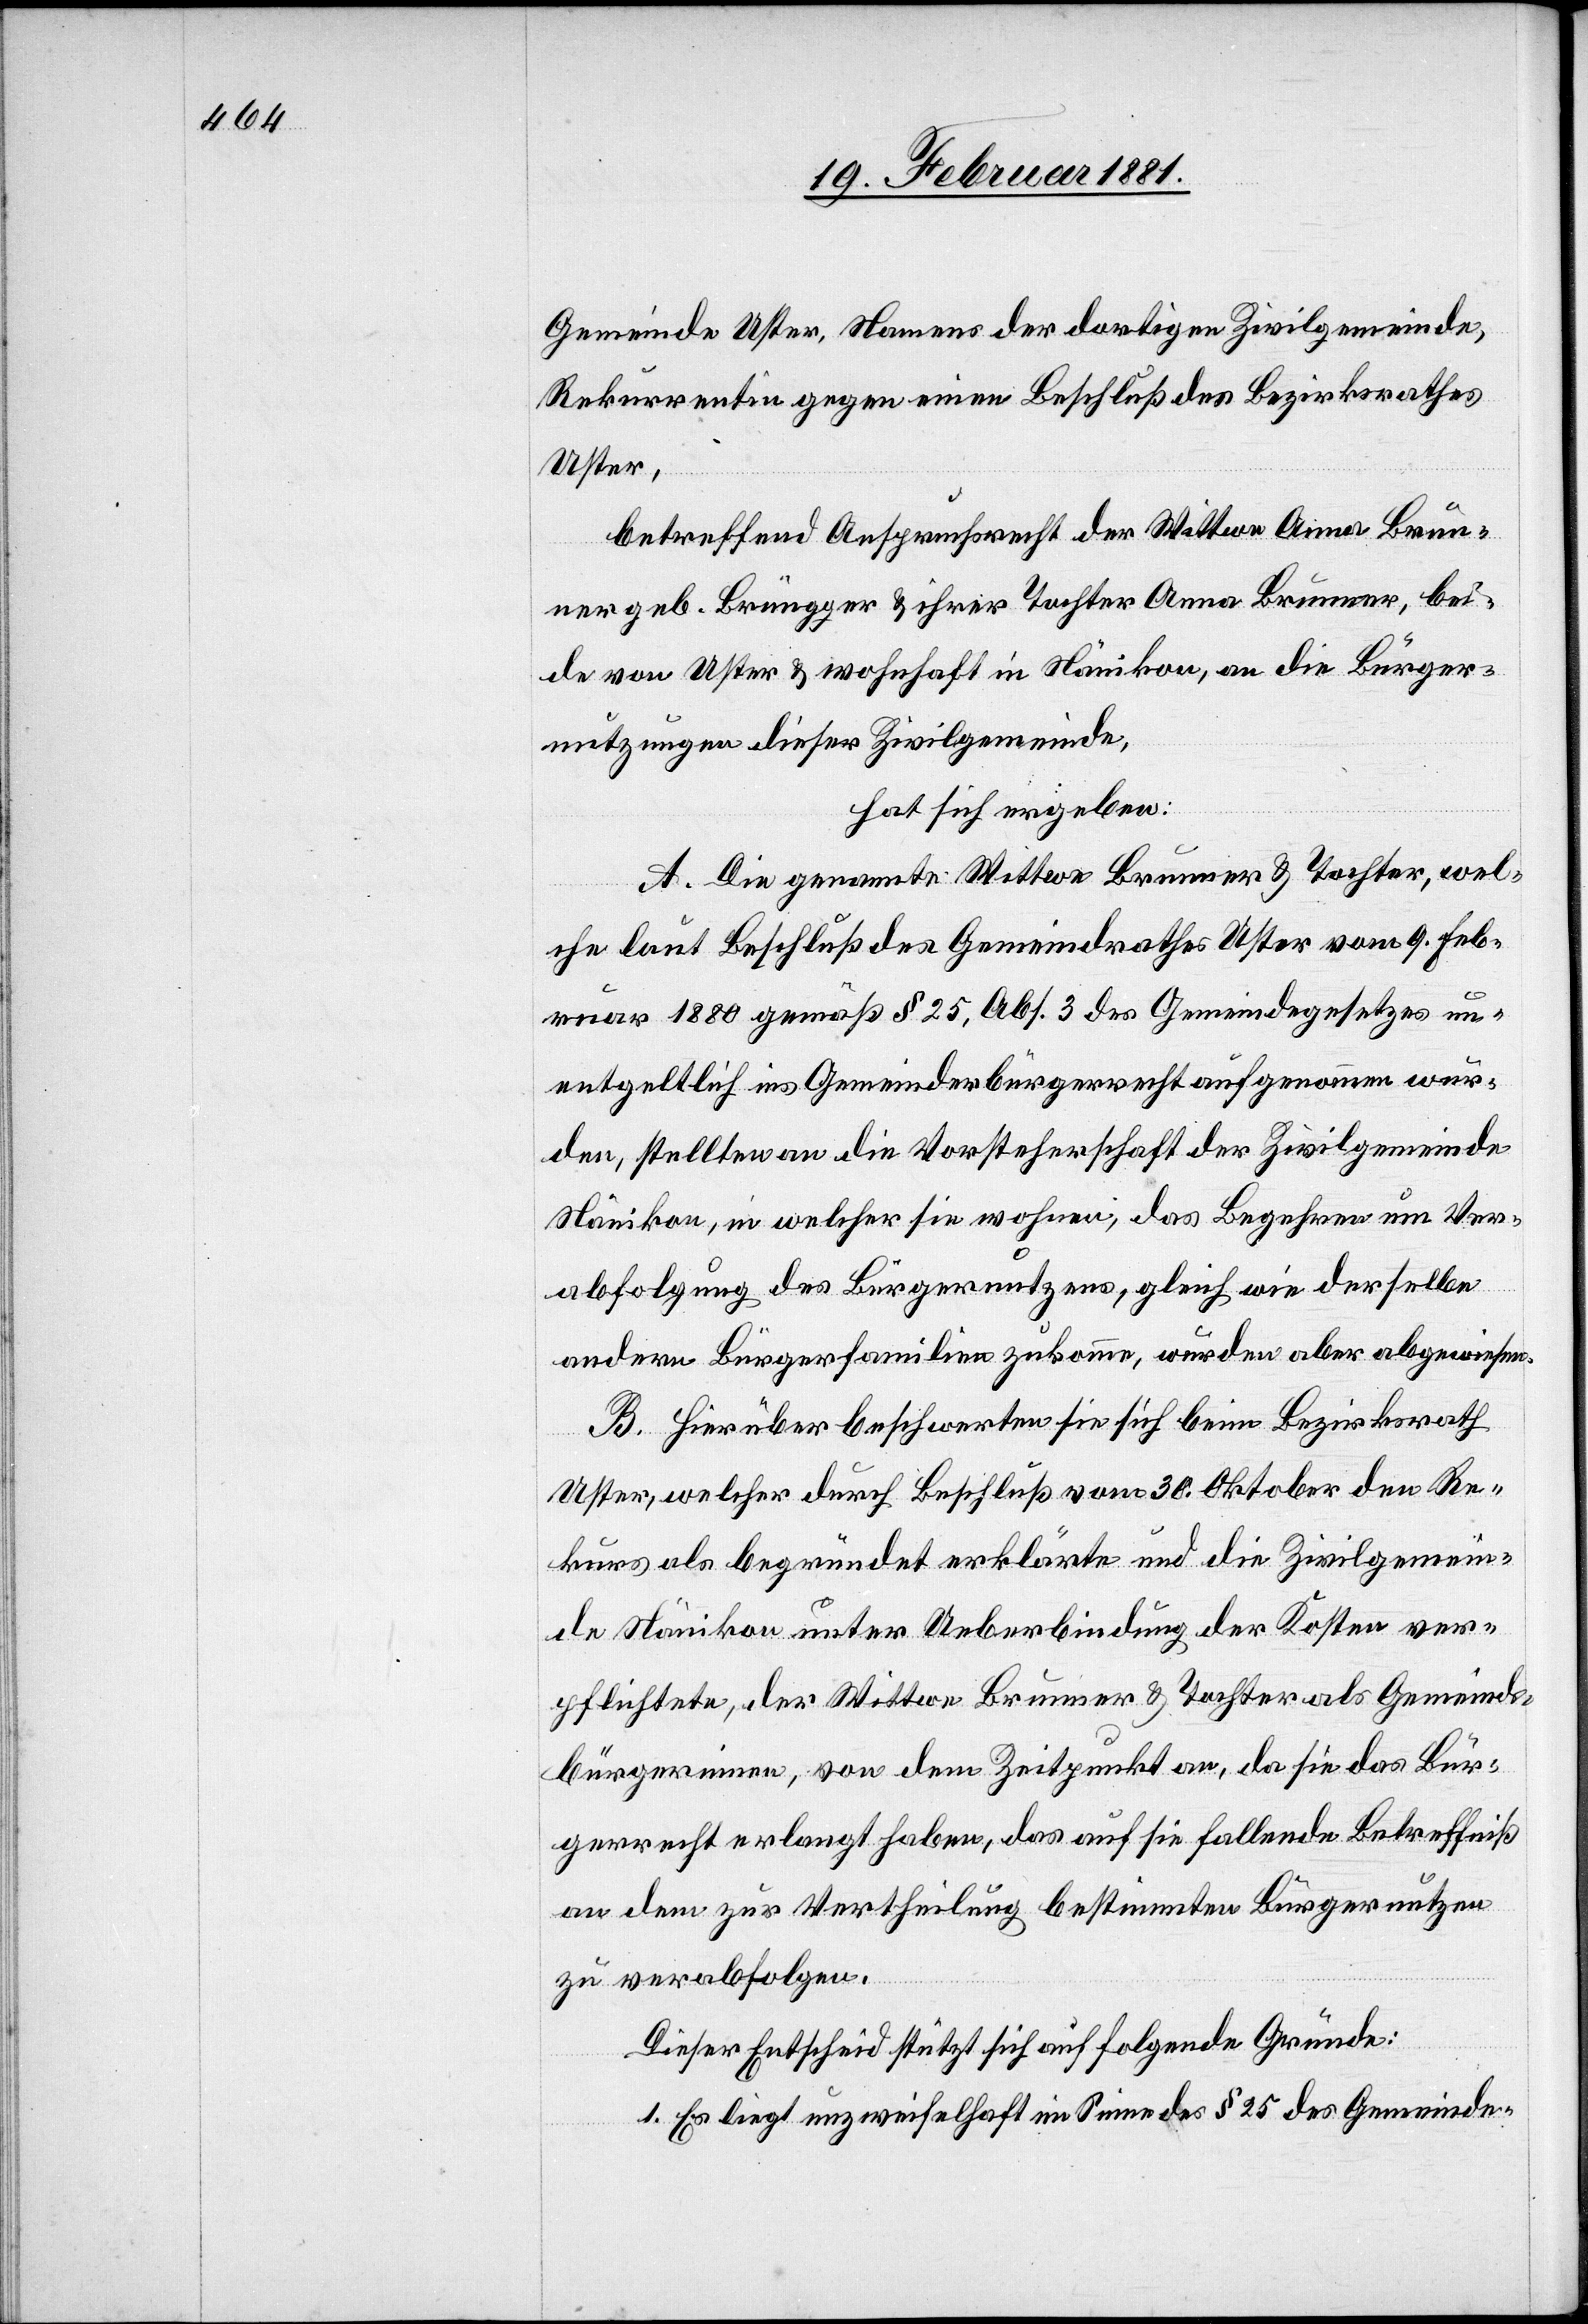
Gemeinde Uster, Namens der dortigen Zivilgemeinde,
Rekurrentin gegen einen Beschluß des Bezirksrathes
Uster,
betreffend Anspruchsrecht der Wittwe Anna Brun¬
ner geb. Brüngger & ihrer Tochter Anna Brunner, bei¬
de von Uster & wohnhaft in Nänikon, an die Bürger¬
nutzungen dieser Zivilgemeinde,
hat sich ergeben:
A. Die genannte Wittwe Brunner & Tochter, wel¬
che laut Beschluß des Gemeindrathes Uster vom 9. Feb¬
ruar 1880 gemäß § 25, Abs. 3 des Gemeindegesetzes un¬
entgeltlich ins Gemeindebürgerrecht aufgenommen wur¬
den, stellten an die Vorsteherschaft der Zivilgemeinde
Nänikon, in welcher sie wohnen, das Begehren um Ver¬
abfolgung des Bürgernutzens, gleich wie derselbe
andern Bürgerfamilien zukomme, wurden aber abgewiesen.
B. Hierüber beschwerten sie sich beim Bezirksrath
Uster, welcher durch Beschluß vom 30. Oktober den Re¬
kurs als begründet erklärte und die Zivilgemein¬
de Nänikon unter Ueberbindung der Kosten ver¬
pflichtete, der Wittwe Brunner & Tochter als Gemeinds¬
bürgerinnen, von dem Zeitpunkt an, da sie das Bür¬
gerrecht erlangt haben, das auf sie fallende Betreffniß
an dem zur Vertheilung bestimmten Bürgernutzen
zu verabfolgen.
Dieser Entscheid stützt sich auf folgende Gründe:
1. Es liegt unzweifelhaft im Sinne des § 25 des Gemeinde-